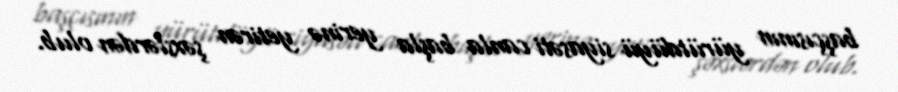
başçısının yürütdüyü siyasəti canla başla yerinə yetirən şəxslərdən olub.